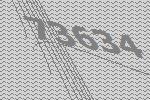
73634